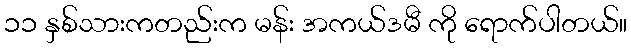
၁၁ နှစ်သားကတည်းက မန်း အကယ်ဒမီ ကို ရောက်ပါတယ်။